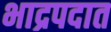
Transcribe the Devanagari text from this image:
भाद्रपदात